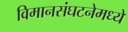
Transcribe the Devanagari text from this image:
विमानसंघटनेमध्ये